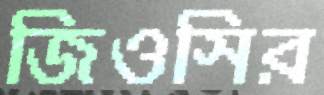
জিওসির